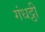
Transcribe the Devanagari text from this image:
गंधट्ठी